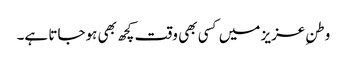
وطنِ عزیز میں کسی بھی وقت کچھ بھی ہوجاتا ہے۔